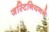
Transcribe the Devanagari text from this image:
जस्टिनियनने